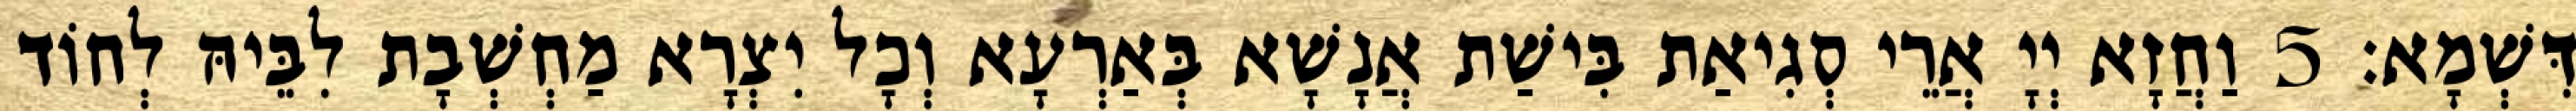
דִּשְׁמָא׃ 5 וַחֲזָא יְיָ אֲרֵי סְגִיאַת בִּישַׁת אֲנָשָׁא בְּאַרְעָא וְכָל יִצְרָא מַחְשְׁבָת לִבֵּיהּ לְחוֹד